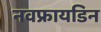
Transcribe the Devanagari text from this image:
नवफ्रायडिन